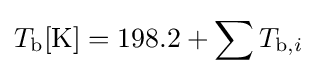
T_{\text{b}}[{\text{K}}]=198.2+\sum T_{{\text{b}},i}